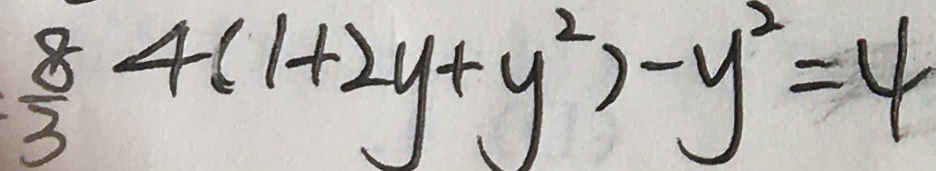
\frac { 8 } { 3 } 4 ( 1 + 2 y + y ^ { 2 } ) - y ^ { 2 } = 4